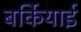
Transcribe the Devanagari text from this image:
बर्कियाई